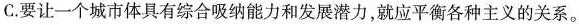
C.要让一个城市体具有综合吸纳能力和发展潜力，就应平衡各种主义的关系。